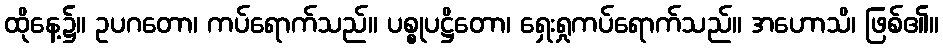
ထိုနေ့၌။ ဥပဂတော၊ ကပ်ရောက်သည်။ ပစ္စုပဋ္ဌိတော၊ ရှေးရှုကပ်ရောက်သည်။ အဟောသိ၊ ဖြစ်၏။